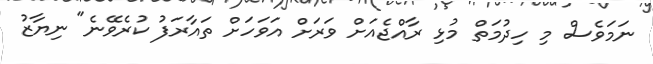
ނަމަވެސް މި ހިދުމަތް މުޅި ރާއްޖެއަށް ވަރަށް އަވަހަށް ތައާރަފު ކުރެވޭނެ" ނިޔާޒު